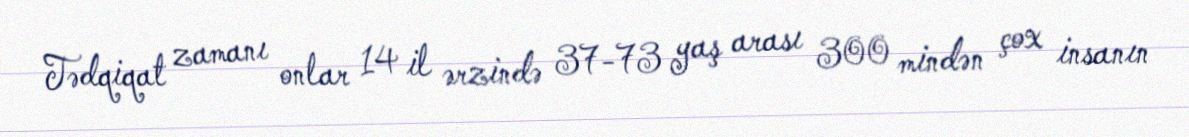
Tədqiqat zamanı onlar 14 il ərzində 37-73 yaş arası 300 mindən çox insanın